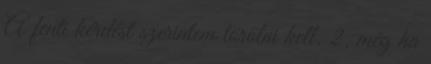
A fenti kérdést szerintem törölni kell. 2. még ha